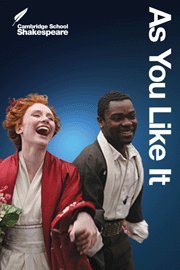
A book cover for As You Like It (Cambridge School Shakespeare); William Shakespeare; Children's Books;